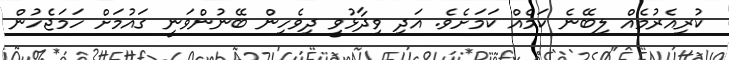
ކުރިއެރުމެއް ލިބޭނެ ކަމެއް ކަމަށެވެ. އަދި ވިދާޅުވީ ދިވެހިން ބޭނުންވަނީ ގައުމަށް ހަމަޖެހުން